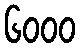
၆၀၀၀